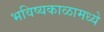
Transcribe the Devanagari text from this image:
भविष्यकाळामध्ये